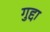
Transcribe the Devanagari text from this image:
गुद्दा